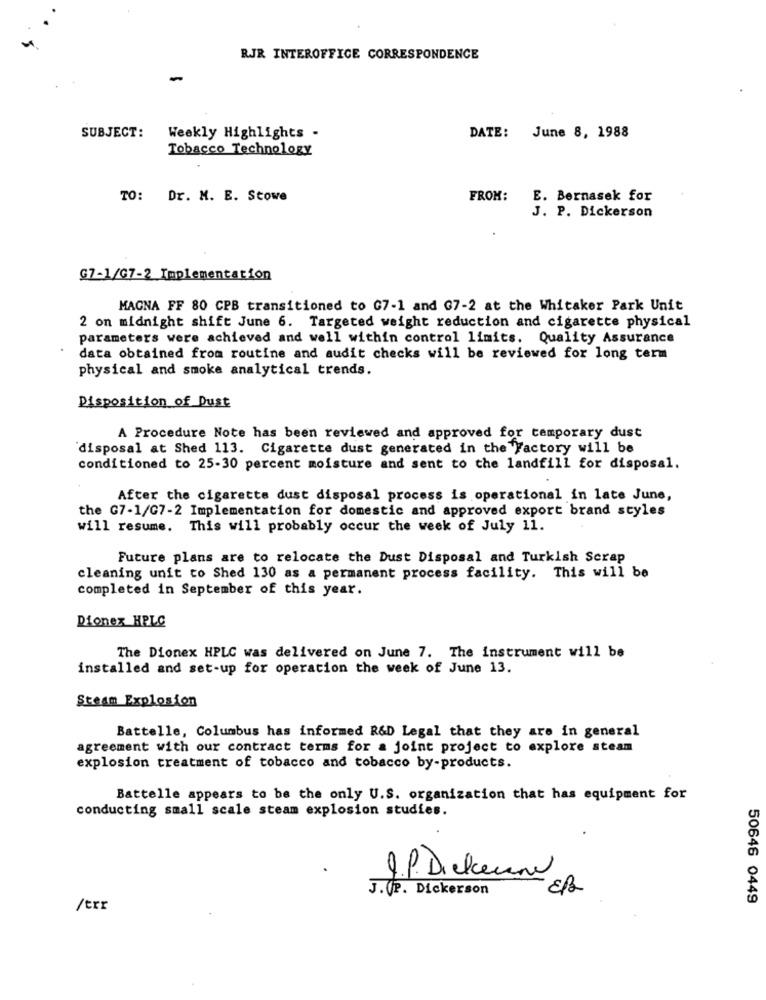
RJR INTEROFFICE CORRESPONDENCE
-
SUBJECT:
Weekly Highlights -
DATE: June 8, 1988
Tobacco Technology
TO: Dr. M. E. Stowe
FROM:
E. Bernasek for
J. P. Dickerson
G7-1/G7-2_Implementation
MAGNA FF 80 CPB transitioned to G7-1 and G7-2 at the Whitaker Park Unit
2 on midnight shift June 6. Targeted weight reduction and cigarette physical
parameters were achieved and well within control limits. Quality Assurance
data obtained from routine and audit checks will be reviewed for long term
physical and smoke analytical trends.
Disposition of Dust
A Procedure Note has been reviewed and approved for temporary dust
disposal at Shed 113. Cigarette dust generated in the Factory will be
conditioned to 25-30 percent moisture and sent to the landfill for disposal.
After the cigarette dust disposal process is operational in late June,
the G7-1/G7-2 Implementation for domestic and approved export brand styles
will resume. This will probably occur the week of July 11.
Future plans are to relocate the Dust Disposal and Turkish Scrap
cleaning unit to Shed 130 as a permanent process facility. This will be
completed in September of this year.
Dionex HPLC
The Dionex HPLC was delivered on June 7. The instrument will be
installed and set-up for operation the week of June 13.
Steam Explosion
Battelle, Columbus has informed R&D Legal that they are in general
agreement with our contract terms for a joint project to explore steam
explosion treatment of tobacco and tobacco by-products.
Battelle appears to be the only U.S. organization that has equipment for
conducting small scale steam explosion studies.
I.P. Diekenne
J.P. Dickerson
50646 0449
/err